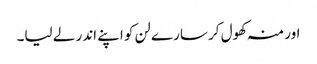
اور منہ کھول کر سارے لن کو اپنے اندر لے لیا۔